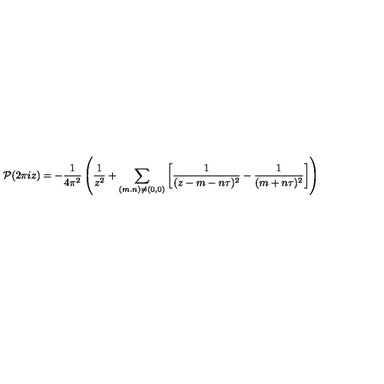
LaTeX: { \cal P } ( 2 \pi i z ) = - \frac { 1 } { 4 \pi ^ { 2 } } \left( \frac { 1 } { z ^ { 2 } } + \sum _ { ( m . n ) \neq ( 0 , 0 ) } \left[ \frac { 1 } { ( z - m - n \tau ) ^ { 2 } } - \frac { 1 } { ( m + n \tau ) ^ { 2 } } \right] \right)